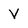
Character: V